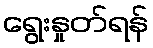
ရွေးနှုတ်ရန်